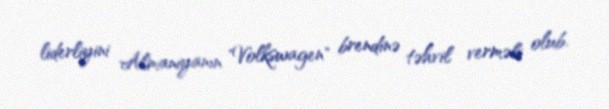
liderliyini Almaniyanın "Volkswagen" brendinə təhvil verməli olub.